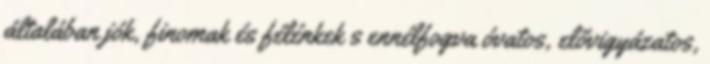
általában jók, finomak és félénkek s ennélfogva óvatos, elővigyázatos,